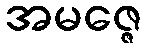
အမဇ္ဇေ